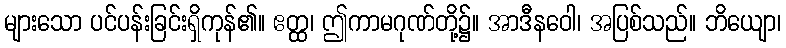
များသော ပင်ပန်းခြင်းရှိကုန်၏။ ဧတ္ထ၊ ဤကာမဂုဏ်တို့၌။ အာဒီနဝေါ၊ အပြစ်သည်။ ဘိယျော၊